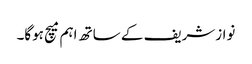
نوازشریف کے ساتھ اہم میچ ہوگا۔